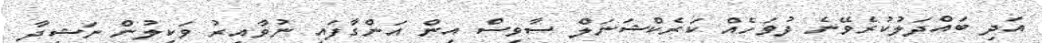
އަދި ބައްދަލުކުރެވޭނެ ދުވަހެއް ކަރެކްޝަނަލް ސާވިސް އިން އަންގާފައި ނުވާއިރު ވަކީލުން ނަޝީދާ